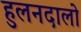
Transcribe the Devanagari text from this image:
हुलनदालो